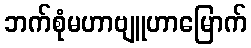
ဘက်စုံမဟာဗျူဟာမြောက်